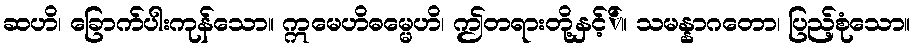
ဆဟိ၊ ခြောက်ပါးကုန်သော။ ဣမေဟိဓမ္မေဟိ၊ ဤတရားတို့နှင့််။ သမန္နာဂတော၊ ပြည့်စုံသော။